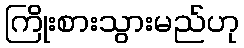
ကြိုးစားသွားမည်ဟု